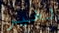
لغير